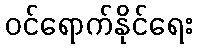
ဝင်ရောက်နိုင်ရေး